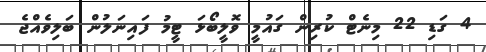
4 ގަޑި 22 މިނެޓް ކުރިން ގައުމީ ވޮލީބޯޅަ ޓީމު ފައިނަލުން ބަލިވެއްޖެ